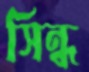
সিন্ধ